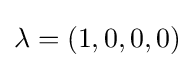
\lambda =(1,0,0,0)